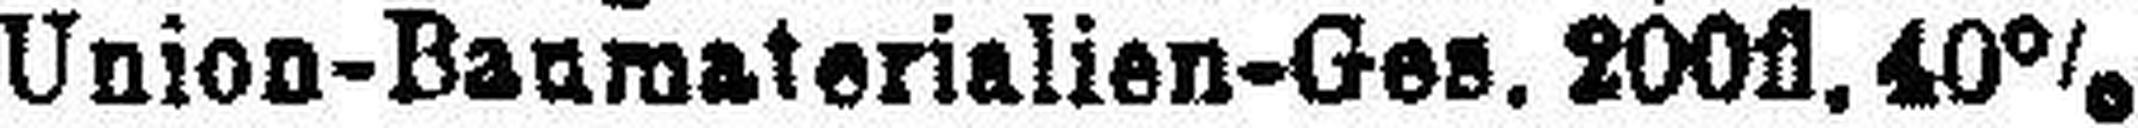
Union-Baumaterialien-Ges. 200fl. 40%